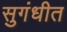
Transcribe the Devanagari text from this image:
सुगंधीत